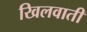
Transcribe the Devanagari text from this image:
खिलवाती